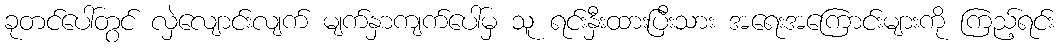
ခုတင်ပေါ်တွင် လှဲလျောင်းလျက် မျက်နှာကျက်ပေါ်မှ သူ ရင်းနှီးထားပြီးသား အရေးအကြောင်းများကို ကြည့်ရင်း